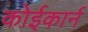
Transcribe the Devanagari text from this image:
कोईकार्न